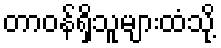
တာဝန်ရှိသူများထံသို့